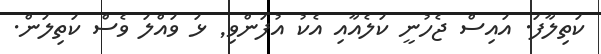
ކަތިލާފަ. އައިސް ޖެހުނީ ކަލެއާއި އެކު އުފަންވި